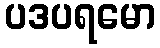
ပဒပရမော